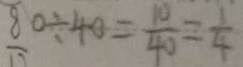
8 0 \div 4 0 = \frac { 1 0 } { 4 0 } = \frac { 1 } { 4 }